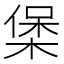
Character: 𭫄